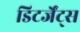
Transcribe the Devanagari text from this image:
डिटर्जेंट्स